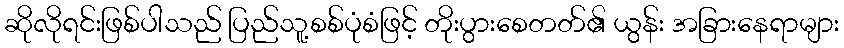
ဆိုလိုရင်းဖြစ်ပါသည် ပြည်သူ့စစ်ပုံစံဖြင့် တိုးပွားစေတတ်၏ ယွန်း အခြားနေရာများ